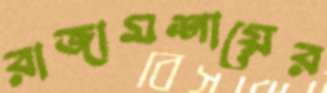
রাজামশায়ের